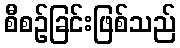
စီစဉ်ခြင်းဖြစ်သည်